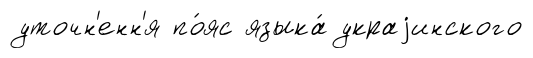
уточн'енн'я по́яс языка́ украjинского